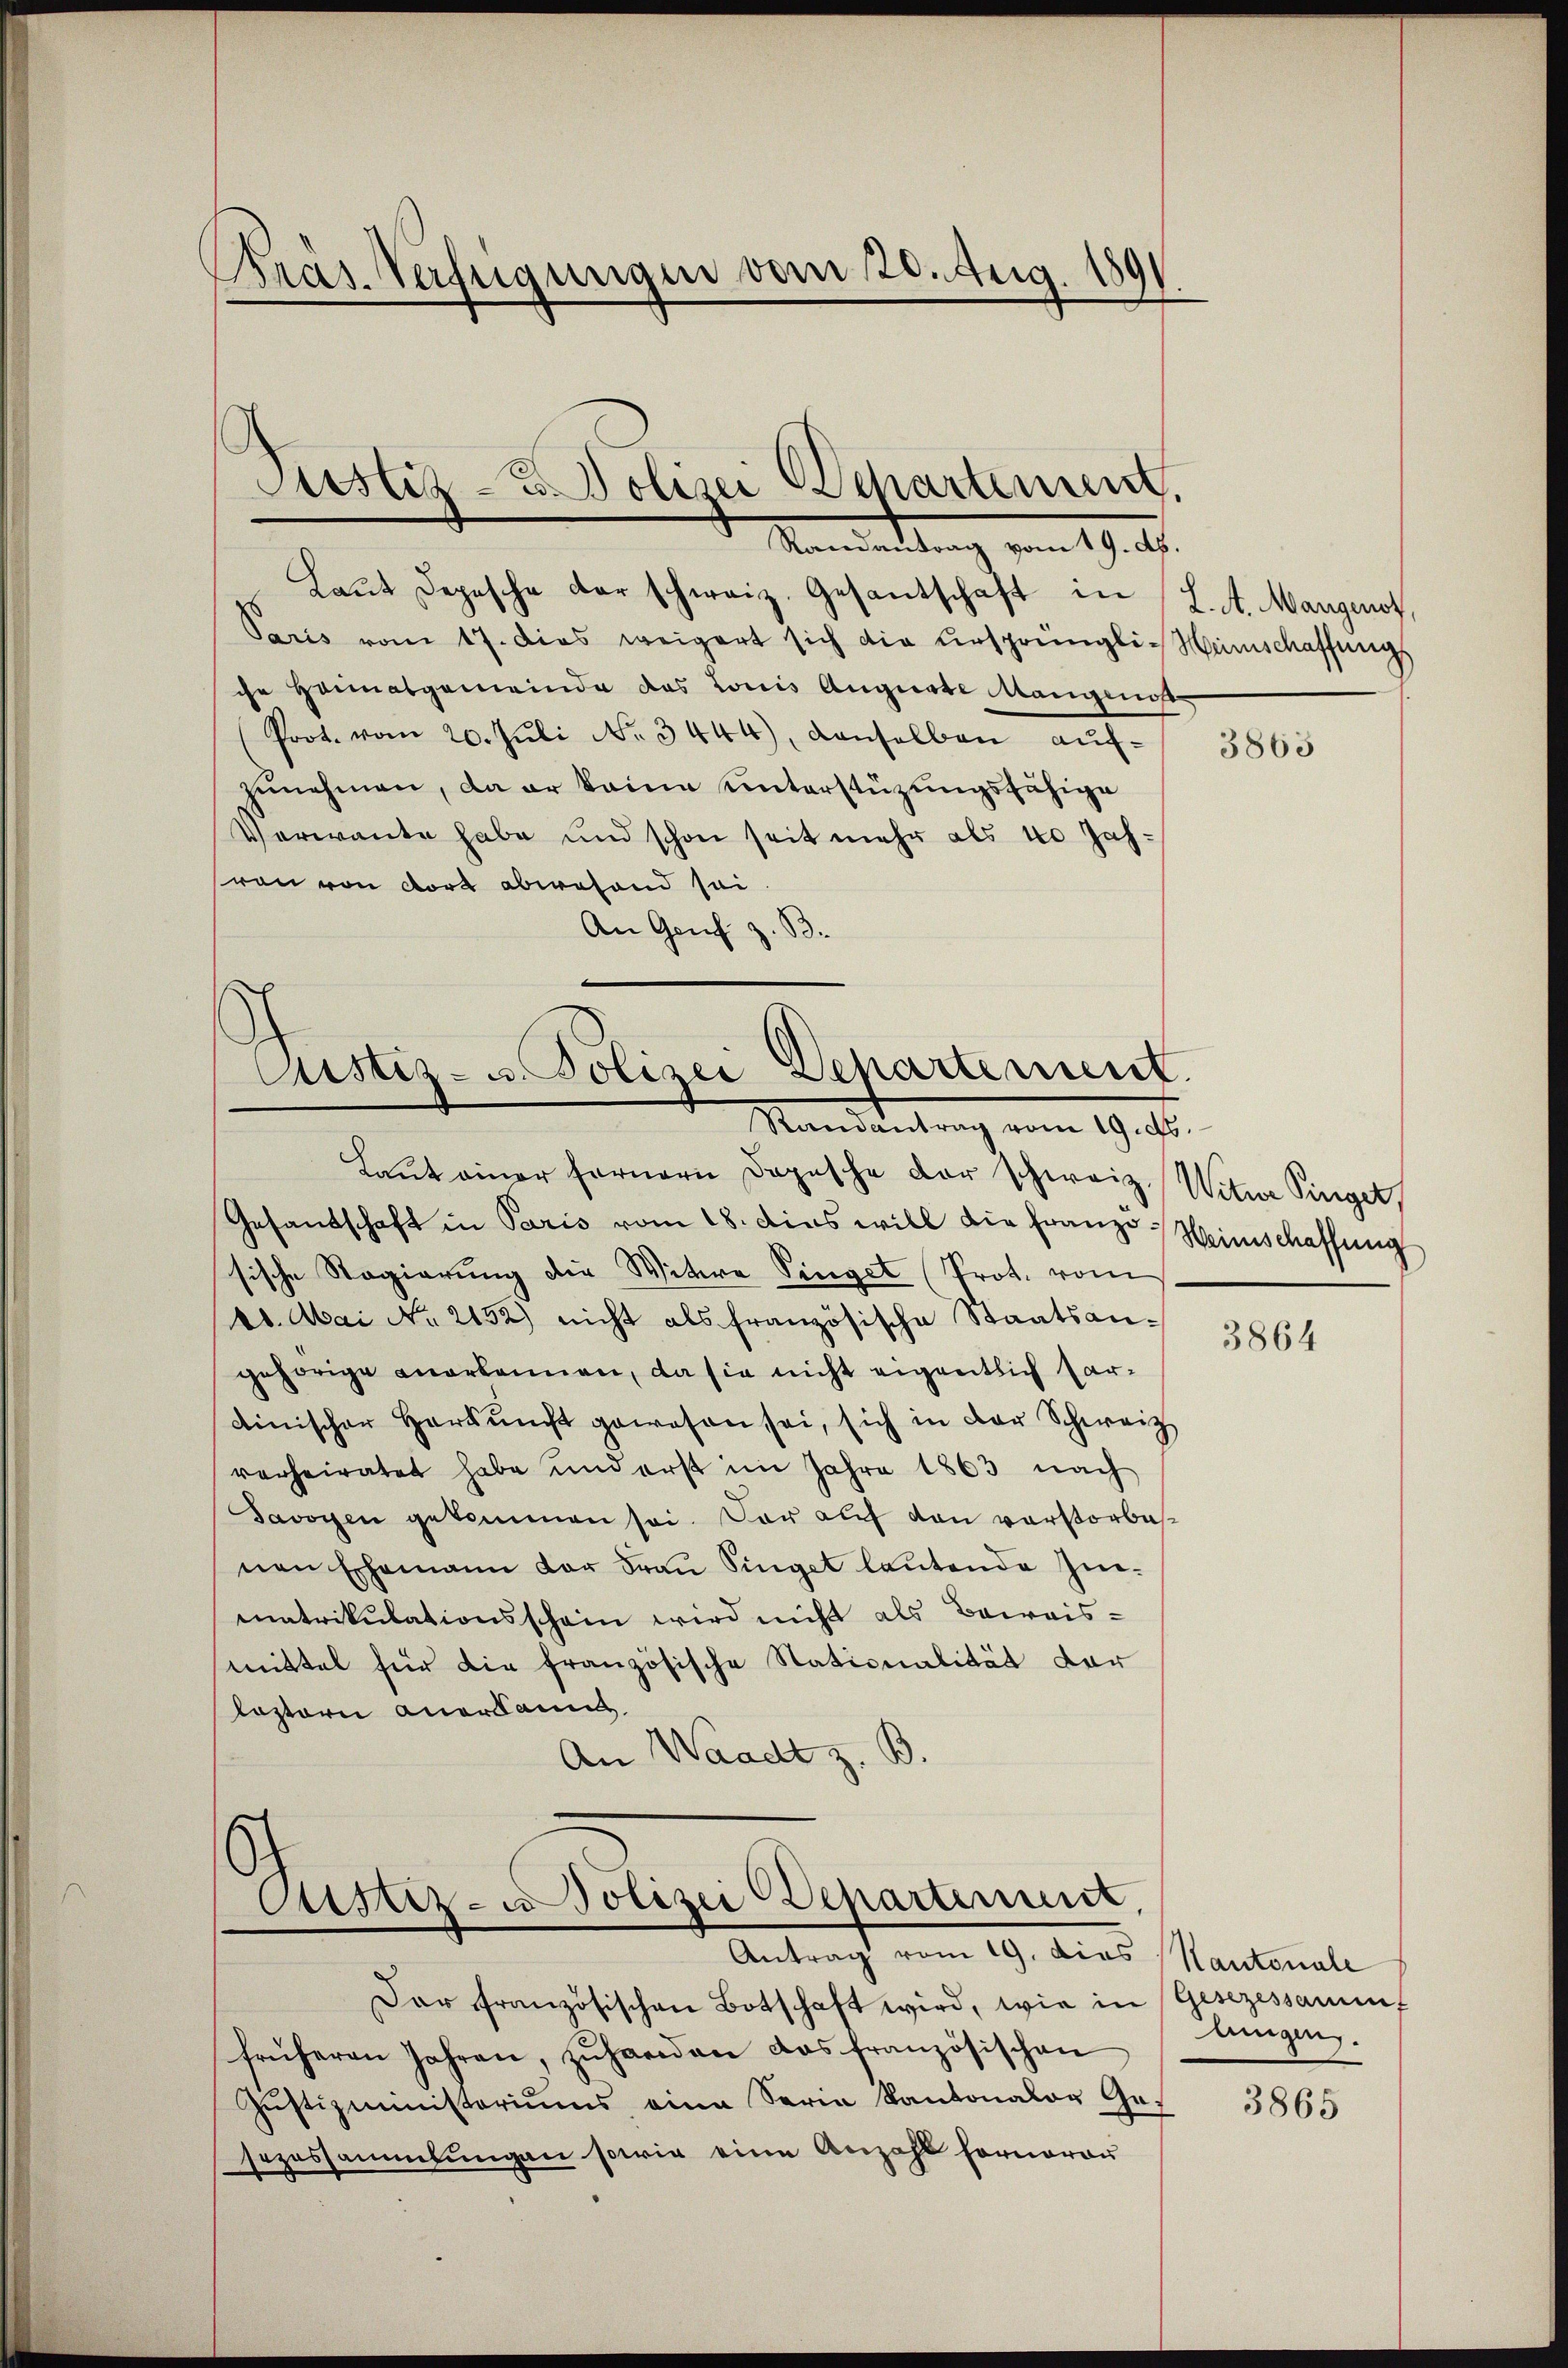
Bras. Verfügungen vom 20. Aug. 1891.

Justiz- u. Polizei Departement.
Maniendung vom 19. 4.

Laŭt Depesche der schweiz. Gesantschaft in L. A. Mangenot,
Paris vom 17. dies weigert sich die ursprünglich Menschaffungs
che Heimatgemeinde das Louis Augusse Mangenos
(Prot. vom 20. Jŭli No 3444), denselben aufzunehmen, da er keine unterstüzungsfähige
Verwande habe und schon seit mehr als 10 Jahvon von dort abwesend sei.
An Genf z. B.

Astiz- u. Polizei Departement.
Randantrag vom 19. ds.

Laut einer fernern Dopische der schweiz. Witwe Singet,
Gesandschaft in Paris vom 18. dies will die Franze Weinschaffung
sische Regierung die Witwe Singet Prot. vom
10. Mai No 2152) nicht als französische Staatsangehörige anerkennen, da sie nicht eigentlich hardinischer Herrŭnft gewesen sei, sich in der Schweiz
verheiratet habe und erst im Jahre 1863 nach
Savoyen gekommen sei. Das auf von verstorbesnen Ehemann der Frau Singet lautende Inmatrikulationsschein wird nicht als Beweis-
mittel für die französische Stationalität der
lostern anerkann
An Waadt z. B.

Astiz- u. Polizei Departement,
Antrag vom 19. dies Kantonale

Dar französischen Botschaft wird, wie in
früheren Jahren, zŭhanden das französischen
Justizministeriums eine Serie Kantonaler Ges
sezessammlungen sowie eine Anzahl fornoron

3863

3864

Gesezessammt
lungen.

3865